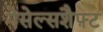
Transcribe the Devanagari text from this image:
गेसेल्सशैफ़्ट